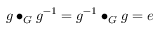
g \bullet _ { G } g ^ { - 1 } = g ^ { - 1 } \bullet _ { G } g = e